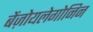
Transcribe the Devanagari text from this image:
बेंज़ोयलेगोनिन